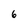
Character: 6